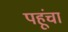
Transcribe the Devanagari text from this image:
पहूंचा